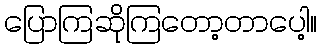
ပြောကြဆိုကြတော့တာပေါ့။